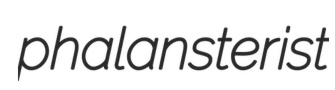
phalansterist